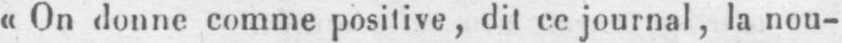
«On donne comme posilive, dit ce journal, la nou-